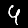
Label: 4